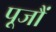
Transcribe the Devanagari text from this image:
पूजौं